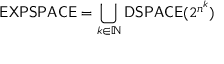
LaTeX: { \mathsf { E X P S P A C E } } = \bigcup _ { k \in \mathbb { N } } { \mathsf { D S P A C E } } ( 2 ^ { n ^ { k } } )